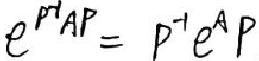
$e^{P^{-1}AP}=P^{-1}e^{A}P$